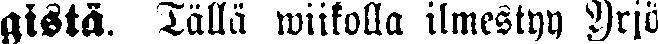
gistä. Tällä wiikolla ilmestyy Yrjö